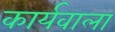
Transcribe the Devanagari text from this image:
कार्यवाला